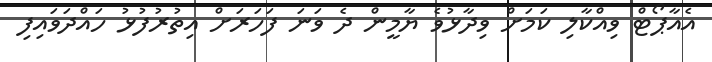
އެއާޕޯޓް ވިއްކާލި ކަމަށް ވިދާޅުވެ ޔާމީން ދެ ވަނަ ފަހަރަށް އިތުރުފުޅު ހައްދަވައިފި